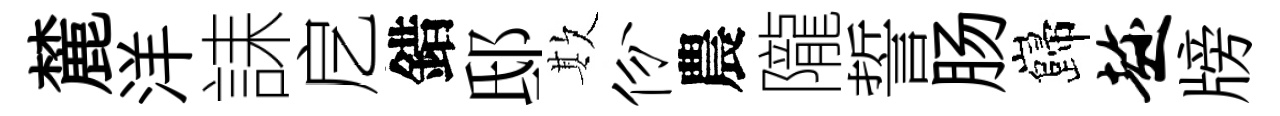
麓洋誄戹錯邸欺份農隴誓肠巋趁牓